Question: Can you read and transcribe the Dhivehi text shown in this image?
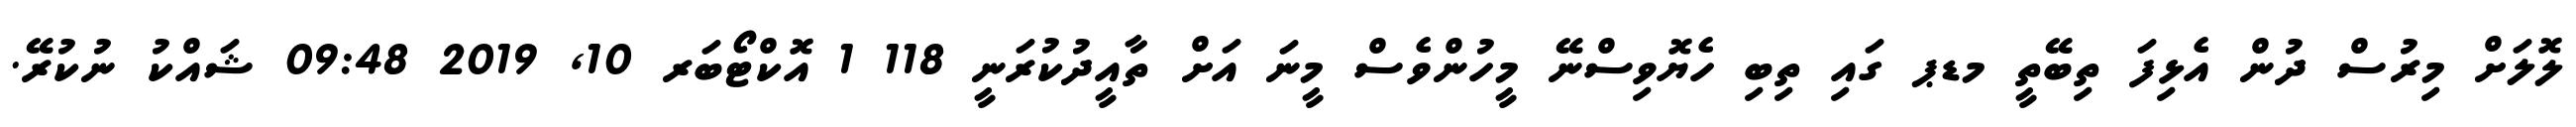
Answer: ލޮލަށް މިރުސް ދުން އެޅިފަ ތިބޭތީ މޑޕ ގައި ތިބި ހެޔޮވިސްނޭ މީހުންވެސް މީނަ އަށް ތާއީދުކުރަނީ 118 1 އޮކްޓޯބަރ 10, 2019 09:48 ޝައްކު ނުކުރޭ.